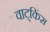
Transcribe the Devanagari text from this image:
वाट्किंस